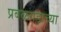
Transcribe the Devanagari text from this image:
प्रबळगडाच्या